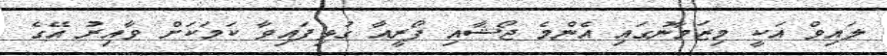
ލައިވް އަކީ މިޒަމާނުގައި އެންމެ ޖޯޝާއި ފޯރީއާ ގުޅިފައިވާ ކަމަކަށް ވާއިރު އޭގެ